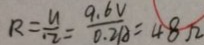
R = \frac { u } { 1 2 } = \frac { 9 . 6 V } { 0 . 2 A } = 4 8 \Omega